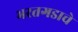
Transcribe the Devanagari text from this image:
भरतगडाचे